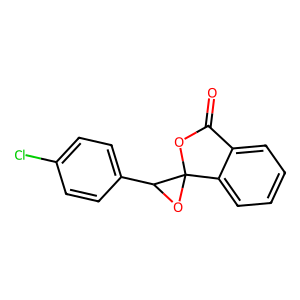
SMILES: O=C1OC2(OC2c2ccc(Cl)cc2)c2ccccc21
Inhibits HIV replication: No